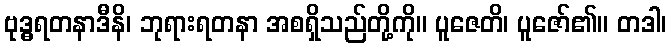
ဗုဒ္ဓရတနာဒီနိ၊ ဘုရားရတနာ အစရှိသည်တို့ကို။ ပူဇေတိ၊ ပူဇော်၏။ တဒါ၊